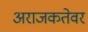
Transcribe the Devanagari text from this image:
अराजकतेवर